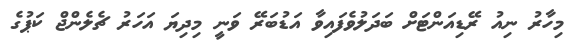
މިހާރު ނިއު ރޭޑިއަންޓަށް ބަދަލުވެފައިވާ އަޑުބަރޭ ވަނީ މިިދިޔަ އަހަރު ޗެލެންޖް ކަޕުގެ